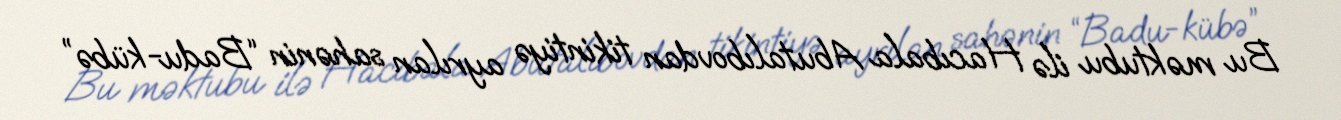
Bu məktubu ilə Hacıbala Abutalıbovdan tikintiyə ayrılan sahənin “Badu-kübə”